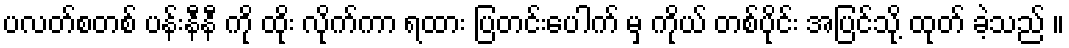
ပလတ်စတစ် ပန်းနီနီ ကို ထိုး လိုက်ကာ ရထား ပြတင်းပေါက် မှ ကိုယ် တစ်ပိုင်း အပြင်သို့ ထုတ် ခဲ့သည် ။